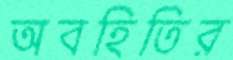
অবহিতির